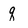
Character: q